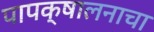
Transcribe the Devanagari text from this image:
पापक्षालनाचा